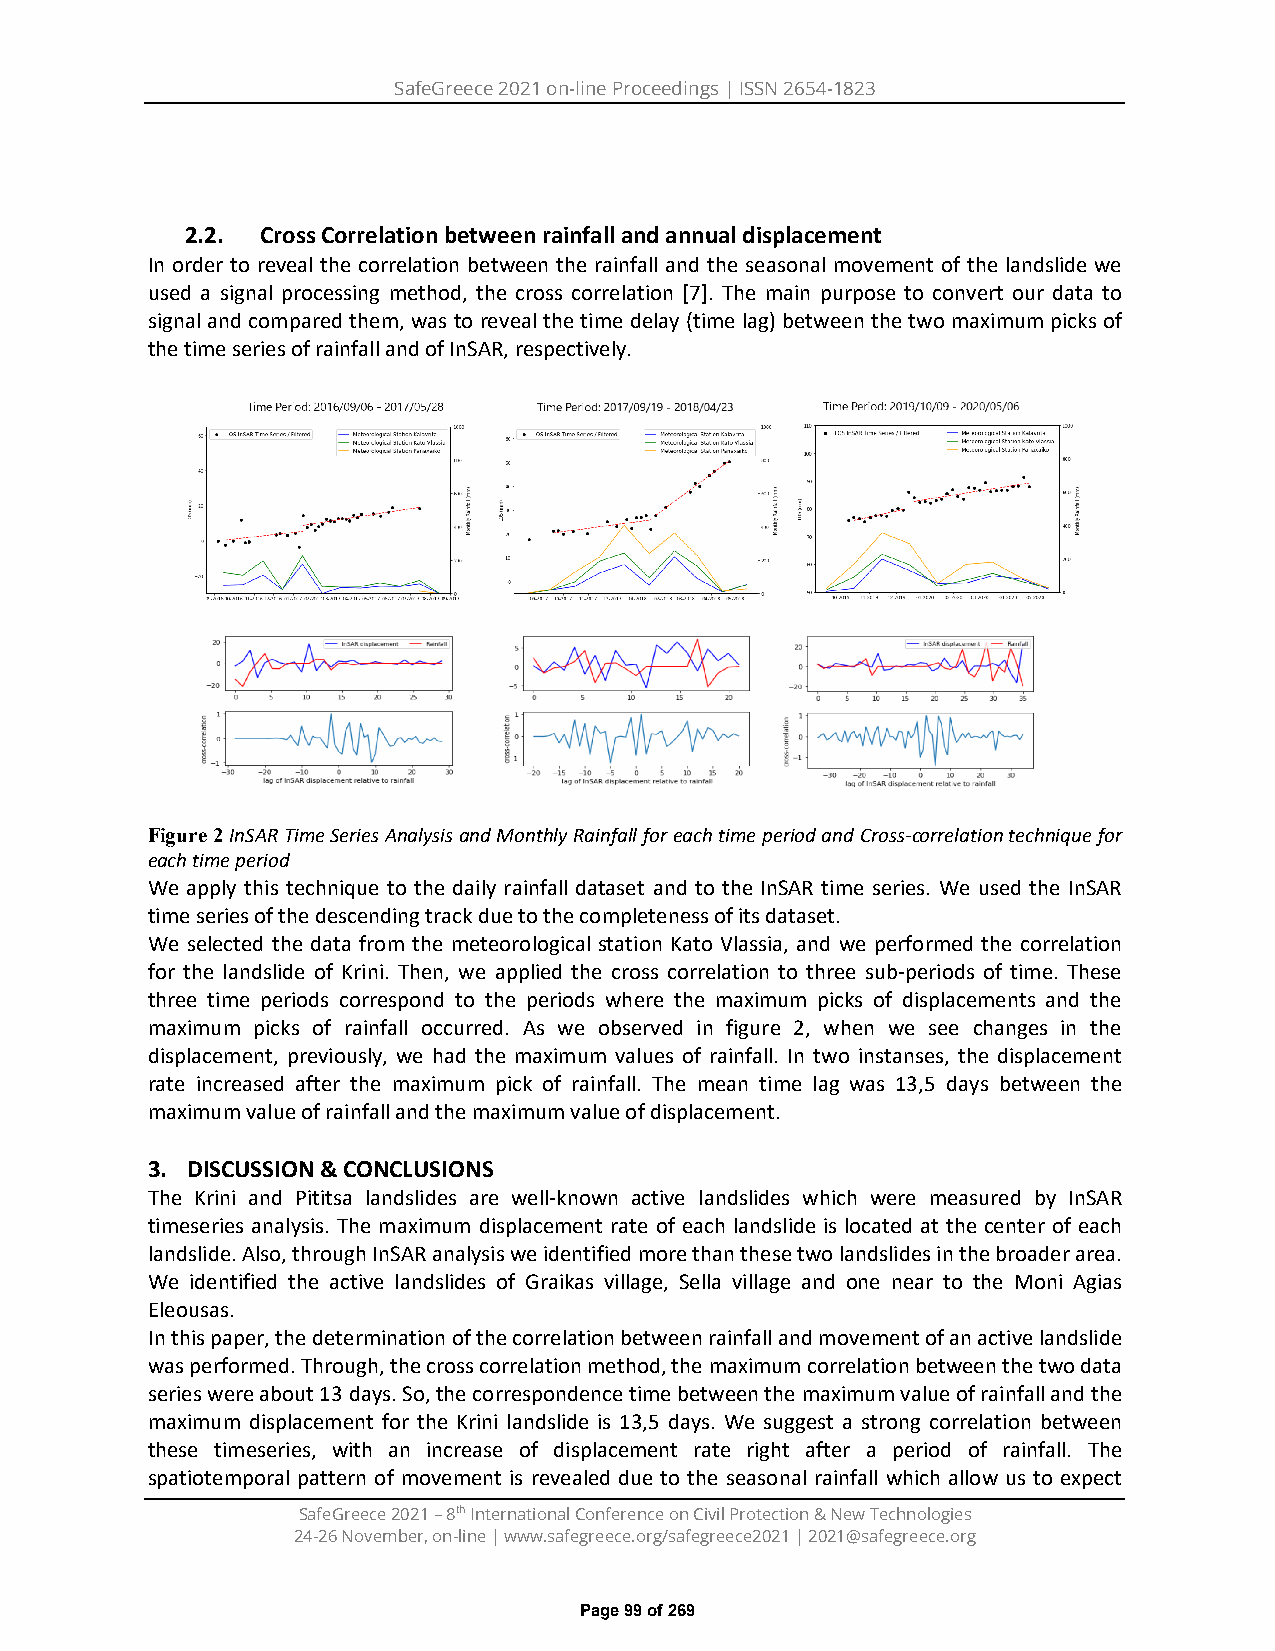
SafeGreece 2021 on-line Proceedings | ISSN 2654-1823
 2.2. Cross Correlation between rainfall and annual displacement
 In order to reveal the correlation between the rainfall and the seasonal movement of the landslide we
 used a signal processing method, the cross correlation [7]. The main purpose to convert our data to
 signal and compared them, was to reveal the time delay (time lag) between the two maximum picks of
 the time series of rainfall and of InSAR, respectively.
 Figure 2 InSAR Time Series Analysis and Monthly Rainfall for each time period and Cross-correlation technique for
 each time period
 We apply this technique to the daily rainfall dataset and to the InSAR time series. We used the InSAR
 time series of the descending track due to the completeness of its dataset.
 We selected the data from the meteorological station Kato Vlassia, and we performed the correlation
 for the landslide of Krini. Then, we applied the cross correlation to three sub-periods of time. These
 three time periods correspond to the periods where the maximum picks of displacements and the
 maximum picks of rainfall occurred. As we observed in figure 2, when we see changes in the
 displacement, previously, we had the maximum values of rainfall. In two instanses, the displacement
 rate increased after the maximum pick of rainfall. The mean time lag was 13,5 days between the
 maximum value of rainfall and the maximum value of displacement.
 3. DISCUSSION & CONCLUSIONS
 The Krini and Pititsa landslides are well-known active landslides which were measured by InSAR
 timeseries analysis. The maximum displacement rate of each landslide is located at the center of each
 landslide. Also, through InSAR analysis we identified more than these two landslides in the broader area.
 We identified the active landslides of Graikas village, Sella village and one near to the Moni Agias
 Eleousas.
 In this paper, the determination of the correlation between rainfall and movement of an active landslide
 was performed. Through, the cross correlation method, the maximum correlation between the two data
 series were about 13 days. So, the correspondence time between the maximum value of rainfall and the
 maximum displacement for the Krini landslide is 13,5 days. We suggest a strong correlation between
 these timeseries, with an increase of displacement rate right after a period of rainfall. The
 spatiotemporal pattern of movement is revealed due to the seasonal rainfall which allow us to expect
 SafeGreece 2021 – 8th International Conference on Civil Protection & New Technologies
 24-26 November, on-line | www.safegreece.org/safegreece2021 | 2021@safegreece.org
 Page 99 of 269